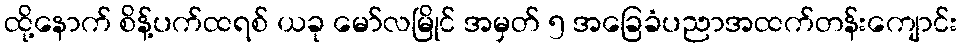
ထို့နောက် စိန့်ပက်ထရစ် ယခု မော်လမြိုင် အမှတ် ၅ အခြေခံပညာအထက်တန်းကျောင်း